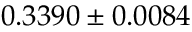
0 . 3 3 9 0 \pm 0 . 0 0 8 4